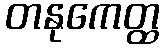
တနုကေတ္ထ